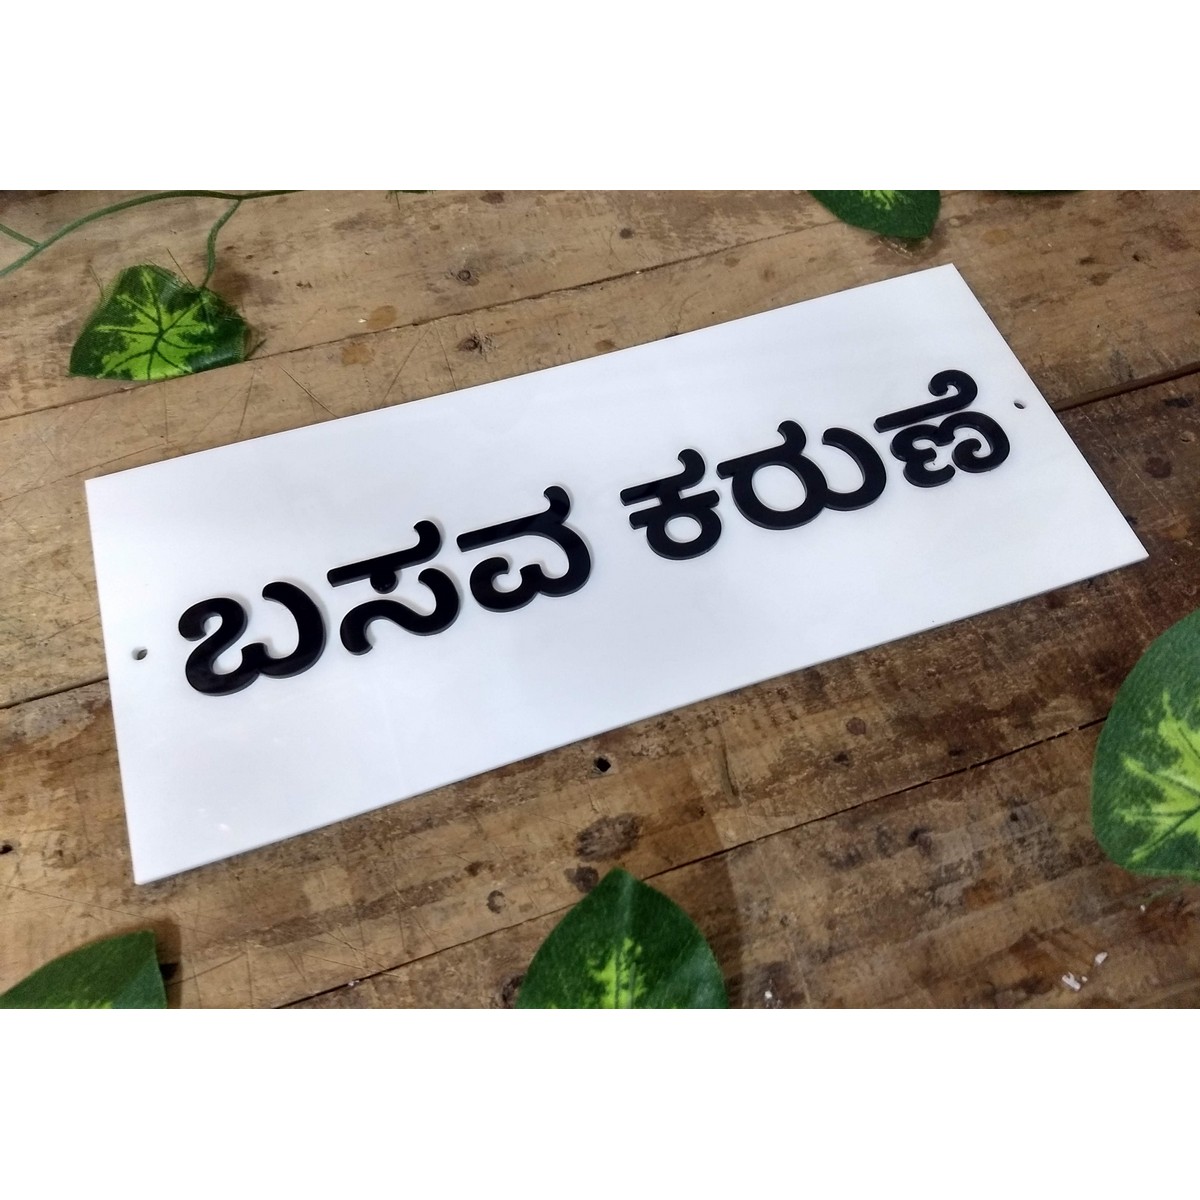
Language: kannada
Transcription: ಕರುಣೆ ಬಸವ